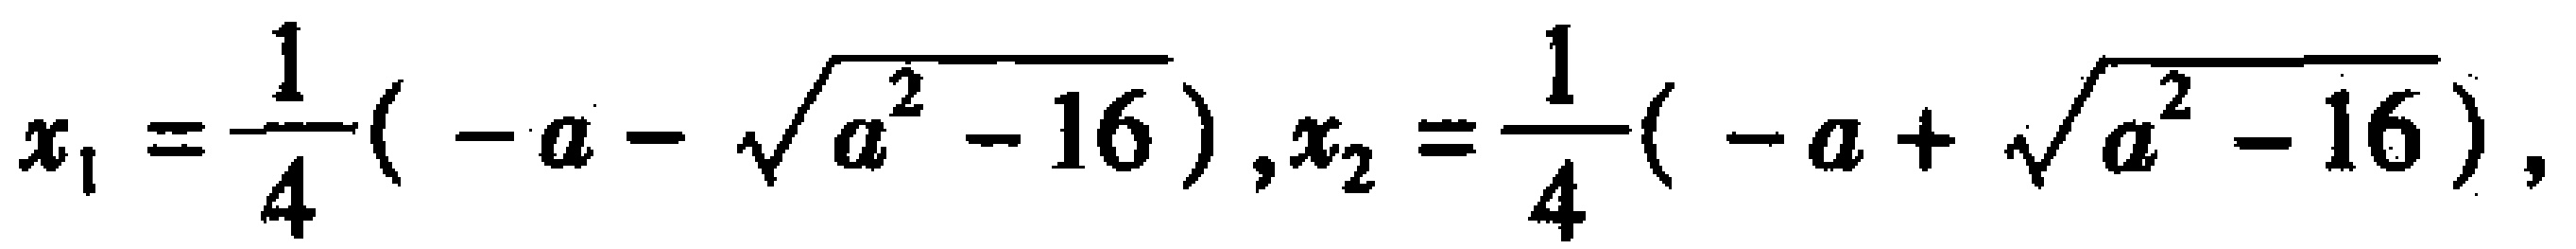
$x_{1}=\frac{1}{4}(-a - \sqrt{a^{2}-16}),x_{2}=\frac{1}{4}(-a + \sqrt{a^{2}-16}),$